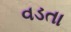
વડતા